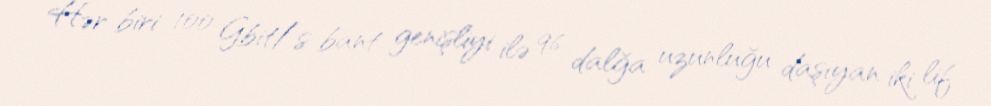
Hər biri 100 Gbit/s bant genişliyi ilə 96 dalğa uzunluğu daşıyan iki lif